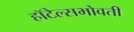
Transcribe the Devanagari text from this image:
हॉटेल्सभोवती